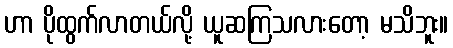
ဟာ ပိုထွက်လာတယ်လို့ ယူဆကြသလားတော့ မသိဘူး။